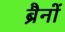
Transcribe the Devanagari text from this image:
ब्रैनों